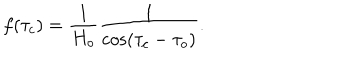
f ( \tau _ { c } ) = \frac { 1 } { H _ { o } } \frac { 1 } { \cos ( \tau _ { c } - \tau _ { o } ) } .